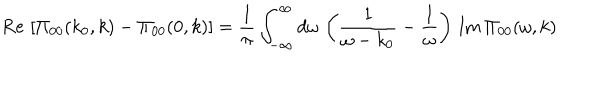
LaTeX: \mathrm { R e } \, \left[ \Pi _ { 0 0 } ( k _ { 0 } , k ) - \Pi _ { 0 0 } ( 0 , k ) \right] = { \frac { 1 } { \pi } } \int _ { - \infty } ^ { \infty } d \omega \, \left( { \frac { 1 } { \omega - k _ { 0 } } } - { \frac { 1 } { \omega } } \right) \, \mathrm { I m } \, \Pi _ { 0 0 } ( \omega , k )